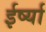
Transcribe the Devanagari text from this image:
ईर्ष्‍या